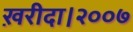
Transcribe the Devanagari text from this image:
ख़रीदा।२००७